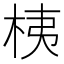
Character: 桋